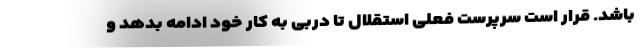
باشد. قرار است سرپرست فعلی استقلال تا دربی به کار خود ادامه بدهد و